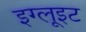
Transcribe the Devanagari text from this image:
इग्लूइट